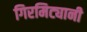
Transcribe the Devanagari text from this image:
गिरमिट्यानी